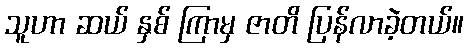
သူဟာ ဆယ် နှစ် ကြာမှ ဇာတိ ပြန်လာခဲ့တယ်။